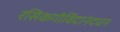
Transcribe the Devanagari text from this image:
रसिकगोविंदानंदधन